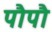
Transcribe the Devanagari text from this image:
पौपौ